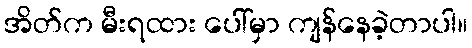
အိတ်က မီးရထား ပေါ်မှာ ကျန်နေခဲ့တာပါ။